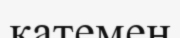
қатемен